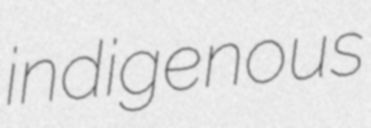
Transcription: indigenous